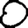
Digit: 0